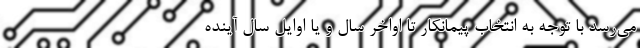
می‌رسد با توجه به انتخاب پیمانکار تا اواخر سال و یا اوایل سال آینده